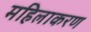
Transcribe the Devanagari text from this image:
महिलाकरण